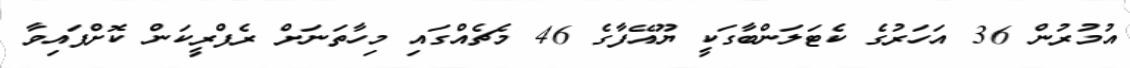
އުމުރުން 36 އަހަރުގެ ކެޓަލަންބާގަކީ ޔޫއޭފާގެ 46 މެޗެއްގައި މިހާތަނަށް ރެފްރީކަން ކޮށްފައިވާ